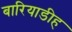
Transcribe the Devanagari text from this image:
बारियाडीह